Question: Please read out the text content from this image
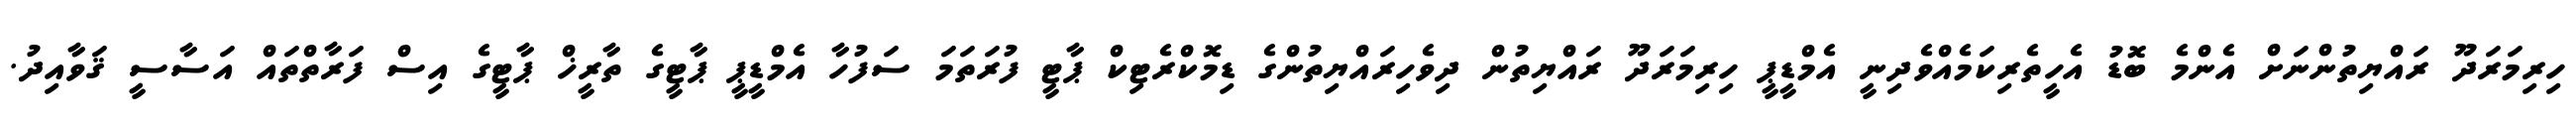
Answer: ހިރިމަރަދޫ ރައްޔިތުންނަށް އެންމެ ބޮޑު އެހީތެރިކަމެއްވެދިނީ އެމްޑީޕީ ހިރިމަރަދޫ ރައްޔިތުން ދިވެހިރައްޔިތުންގެ ޑިމޮކްރެޓިކް ޕާޓީ ފުރަތަމަ ސަފުހާ އެމްޑީޕީ ޕާޓީގެ ތާރީޚް ޕާޓީގެ އިސް ފަރާތްތައް އަސާސީ ޤަވާއިދު.